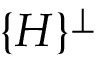
\{ H \} ^ { \perp }